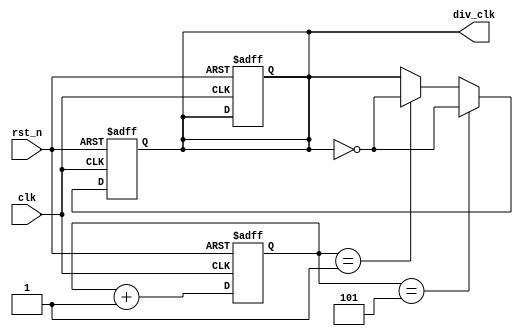
module div_any_even(
    input wire  clk,
    input wire  rst_n,
    output wire div_clk
);
reg [3: 0] cnt;
reg clk_x;

always @(posedge clk or negedge rst_n) begin
    if( !rst_n)begin
        cnt <= 0;
        clk_x <= 0;
        div_clk <= 0;
    end
    else  begin
        if (cnt == 5) begin
            cnt <= 0;
            clk_x <= ~clk_x;
        end
        else if (cnt == 1) begin
            clk_x <= ~clk_x;
        end
        cnt <= cnt +1;
    end
end
assign div_clk = clk_x;
    
endmodule